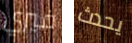
فيري يحدث